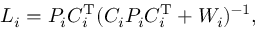
{ \mathbf { } } L _ { i } = P _ { i } C _ { i } ^ { \mathrm { T } } ( C _ { i } P _ { i } C _ { i } ^ { \mathrm { T } } + W _ { i } ) ^ { - 1 } ,